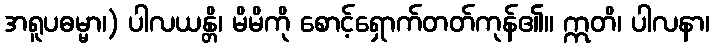
အရူပဓမ္မာ၊) ပါလယန္တိ၊ မိမိကို စောင့်ရှောက်တတ်ကုန်၏။ ဣတိ၊ ပါလနာ၊